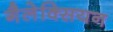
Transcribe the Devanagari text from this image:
गैलेक्सियन